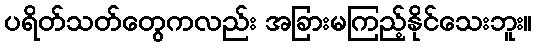
ပရိတ်သတ်တွေကလည်း အခြားမကြည့်နိုင်သေးဘူး။